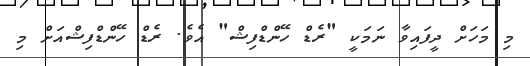
މި މަހަށް ދީފައިވާ ނަމަކީ "ރެޑް ހޭންޑްފިޝް" އެވެ. ރެޑް ހޭންޑްފިޝްއަށް މި